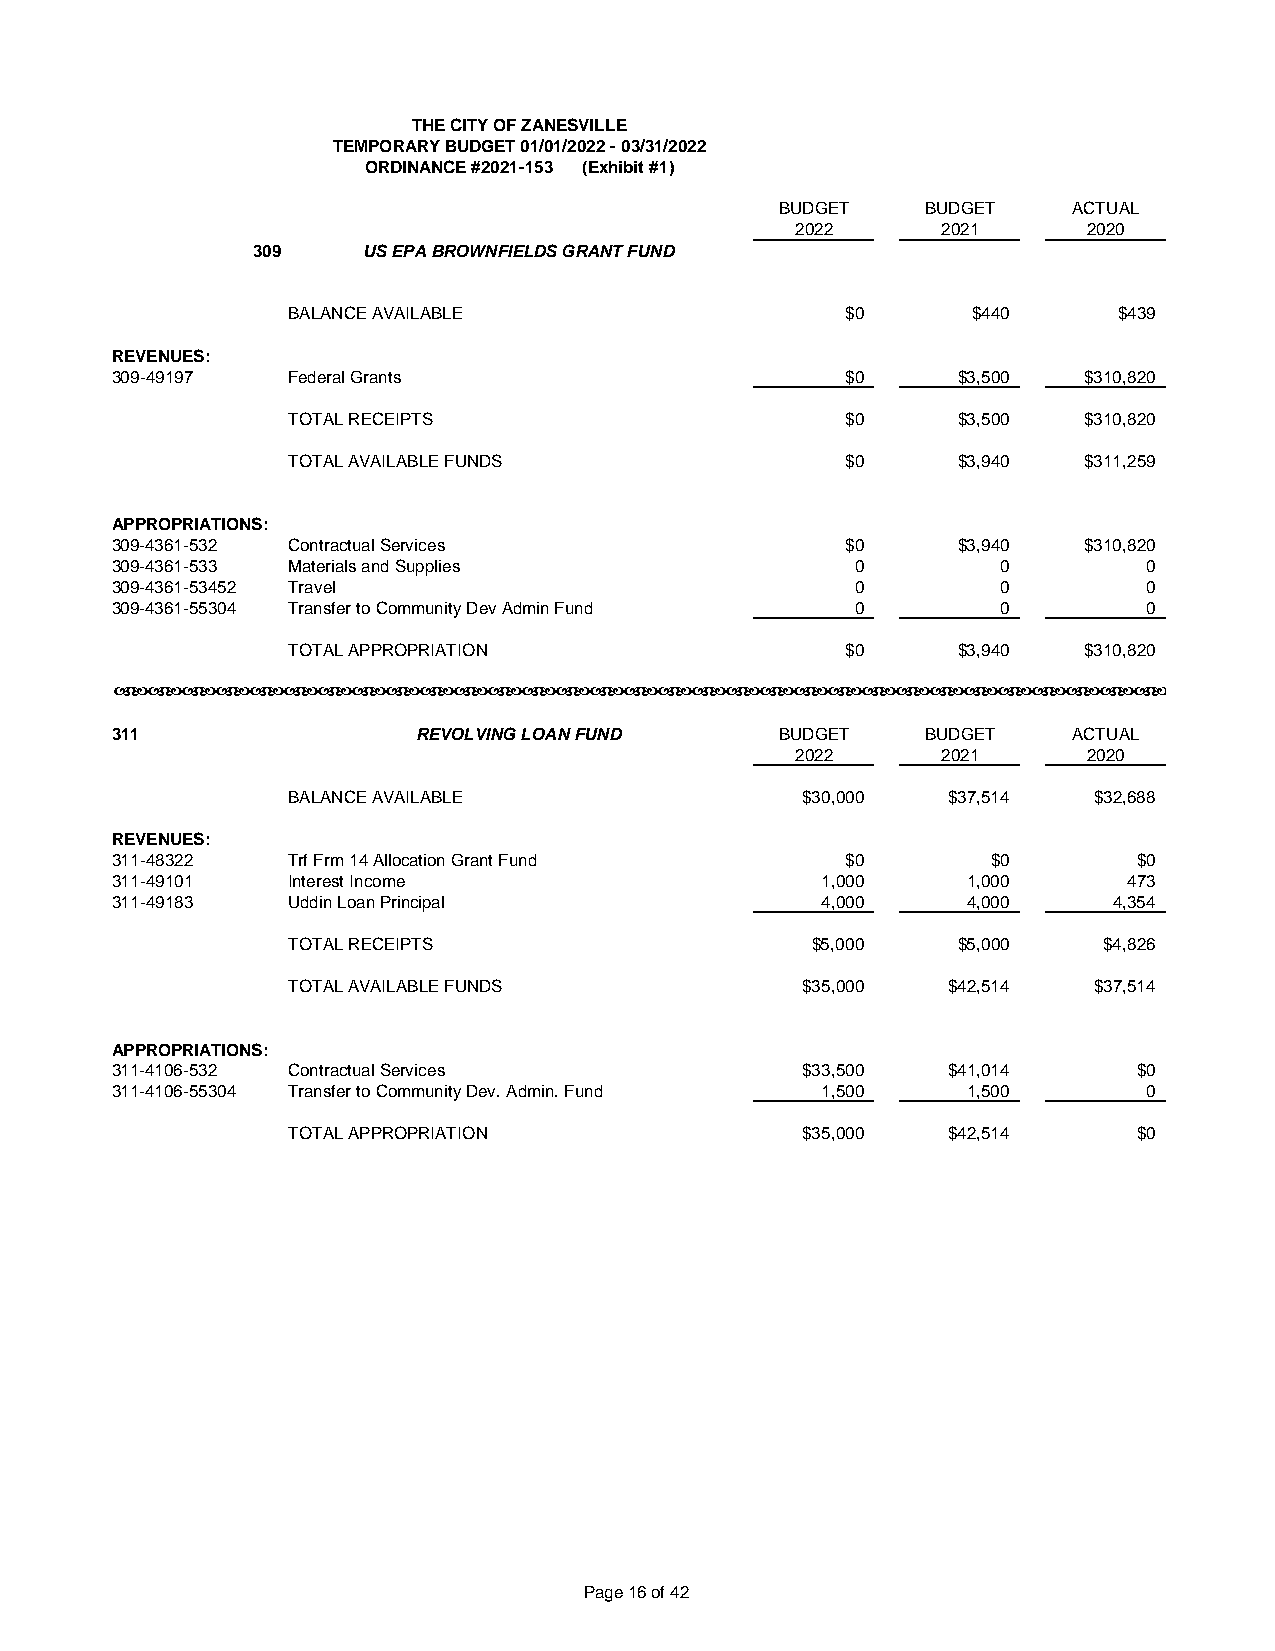
THE CITY OF ZANESVILLE
 TEMPORARY BUDGET 01/01/2022 - 03/31/2022
 ORDINANCE #2021-153 (Exhibit #1)
 BUDGET   BUDGET    ACTUAL
 2022     2021      2020
 309    US EPA BROWNFIELDS GRANT FUND
 BALANCE AVAILABLE                    $0      $440      $439
 REVENUES:
 309-49197   Federal Grants                       $0     $3,500   $310,820
 TOTAL RECEIPTS                       $0     $3,500   $310,820
 TOTAL AVAILABLE FUNDS                $0     $3,940   $311,259
 APPROPRIATIONS:
 309-4361-532 Contractual Services                $0     $3,940   $310,820
 309-4361-533 Materials and Supplies               0        0         0
 309-4361-53452 Travel                             0        0         0
 309-4361-55304 Transfer to Community Dev Admin Fund 0      0         0
 TOTAL APPROPRIATION                  $0     $3,940   $310,820
 ababababababababababababababababababababababababababababababab
 311                  REVOLVING LOAN FUND     BUDGET   BUDGET    ACTUAL
 2022     2021      2020
 BALANCE AVAILABLE                 $30,000   $37,514  $32,688
 REVENUES:
 311-48322   Trf Frm 14 Allocation Grant Fund     $0        $0       $0
 311-49101   Interest Income                    1,000     1,000      473
 311-49183   Uddin Loan Principal               4,000     4,000     4,354
 TOTAL RECEIPTS                     $5,000   $5,000    $4,826
 TOTAL AVAILABLE FUNDS             $35,000   $42,514  $37,514
 APPROPRIATIONS:
 311-4106-532 Contractual Services             $33,500   $41,014     $0
 311-4106-55304 Transfer to Community Dev. Admin. Fund 1,500 1,500    0
 TOTAL APPROPRIATION               $35,000   $42,514     $0
 Page 16 of 42